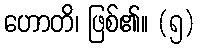
ဟောတိ၊ ဖြစ်၏။ (၅)